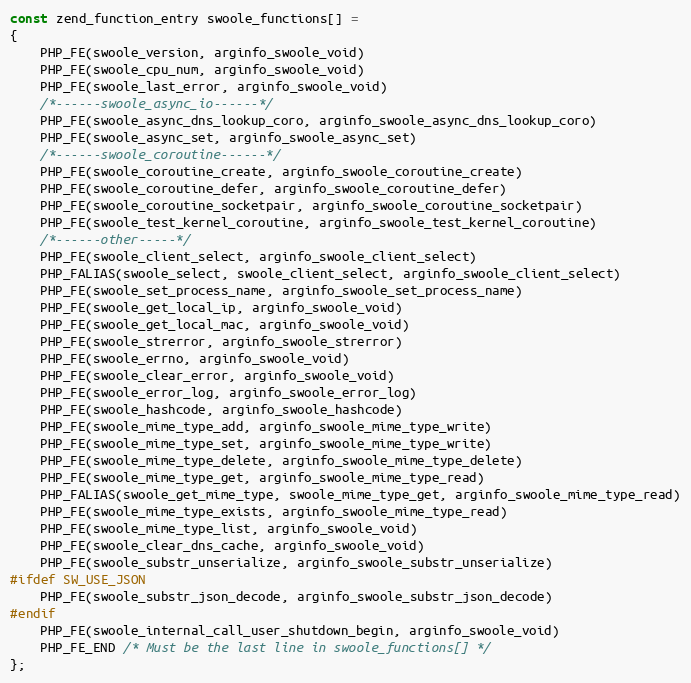
Language: C++
const zend_function_entry swoole_functions[] =
{
    PHP_FE(swoole_version, arginfo_swoole_void)
    PHP_FE(swoole_cpu_num, arginfo_swoole_void)
    PHP_FE(swoole_last_error, arginfo_swoole_void)
    /*------swoole_async_io------*/
    PHP_FE(swoole_async_dns_lookup_coro, arginfo_swoole_async_dns_lookup_coro)
    PHP_FE(swoole_async_set, arginfo_swoole_async_set)
    /*------swoole_coroutine------*/
    PHP_FE(swoole_coroutine_create, arginfo_swoole_coroutine_create)
    PHP_FE(swoole_coroutine_defer, arginfo_swoole_coroutine_defer)
    PHP_FE(swoole_coroutine_socketpair, arginfo_swoole_coroutine_socketpair)
    PHP_FE(swoole_test_kernel_coroutine, arginfo_swoole_test_kernel_coroutine)
    /*------other-----*/
    PHP_FE(swoole_client_select, arginfo_swoole_client_select)
    PHP_FALIAS(swoole_select, swoole_client_select, arginfo_swoole_client_select)
    PHP_FE(swoole_set_process_name, arginfo_swoole_set_process_name)
    PHP_FE(swoole_get_local_ip, arginfo_swoole_void)
    PHP_FE(swoole_get_local_mac, arginfo_swoole_void)
    PHP_FE(swoole_strerror, arginfo_swoole_strerror)
    PHP_FE(swoole_errno, arginfo_swoole_void)
    PHP_FE(swoole_clear_error, arginfo_swoole_void)
    PHP_FE(swoole_error_log, arginfo_swoole_error_log)
    PHP_FE(swoole_hashcode, arginfo_swoole_hashcode)
    PHP_FE(swoole_mime_type_add, arginfo_swoole_mime_type_write)
    PHP_FE(swoole_mime_type_set, arginfo_swoole_mime_type_write)
    PHP_FE(swoole_mime_type_delete, arginfo_swoole_mime_type_delete)
    PHP_FE(swoole_mime_type_get, arginfo_swoole_mime_type_read)
    PHP_FALIAS(swoole_get_mime_type, swoole_mime_type_get, arginfo_swoole_mime_type_read)
    PHP_FE(swoole_mime_type_exists, arginfo_swoole_mime_type_read)
    PHP_FE(swoole_mime_type_list, arginfo_swoole_void)
    PHP_FE(swoole_clear_dns_cache, arginfo_swoole_void)
    PHP_FE(swoole_substr_unserialize, arginfo_swoole_substr_unserialize)
#ifdef SW_USE_JSON
    PHP_FE(swoole_substr_json_decode, arginfo_swoole_substr_json_decode)
#endif
    PHP_FE(swoole_internal_call_user_shutdown_begin, arginfo_swoole_void)
    PHP_FE_END /* Must be the last line in swoole_functions[] */
};